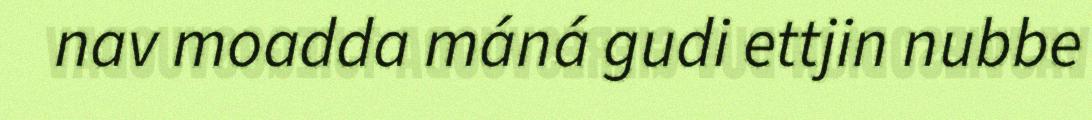
nav moadda máná gudi ettjin nubbe